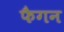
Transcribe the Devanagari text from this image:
फैगन